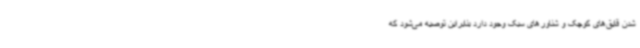
شدن قایق‌های کوچک و شناورهای سبک وجود دارد بنابراین توصیه می‌شود که